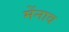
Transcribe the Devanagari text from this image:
मेंनाव